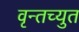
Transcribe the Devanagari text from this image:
वृन्तच्युत